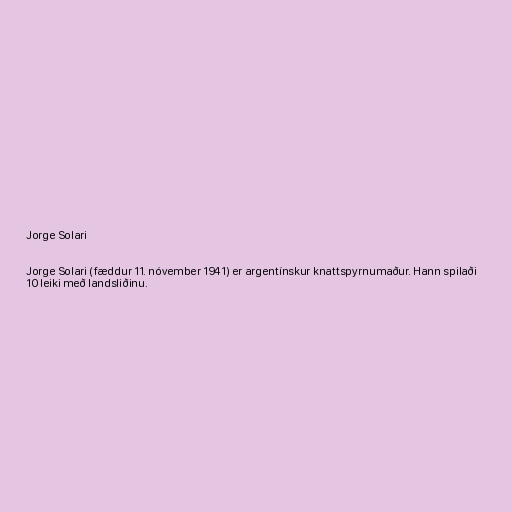
Jorge Solari

Jorge Solari (fæddur 11. nóvember 1941) er argentínskur knattspyrnumaður. Hann spilaði
10 leiki með landsliðinu.